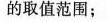
的取值范围；